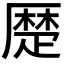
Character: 𠪴